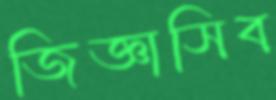
জিজ্ঞাসিব